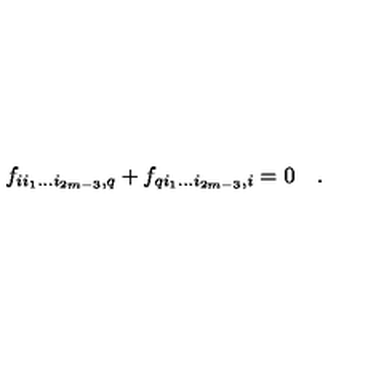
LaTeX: f _ { i i _ { 1 } \dots i _ { 2 m - 3 } , q } + f _ { q i _ { 1 } \dots i _ { 2 m - 3 } , i } = 0 \quad .